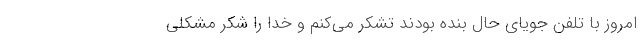
امروز با تلفن جویای حال بنده بودند تشکر می‌کنم و خدا را شکر مشکلی